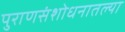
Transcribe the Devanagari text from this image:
पुराणसंशोधनातल्या